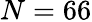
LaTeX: N=66